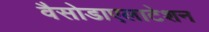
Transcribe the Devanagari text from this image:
वैसोडाएलाटेशन